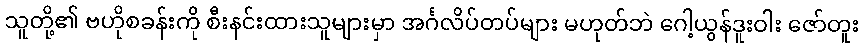
သူတို့၏ ဗဟိုစခန်းကို စီးနင်းထားသူများမှာ အင်္ဂလိပ်တပ်များ မဟုတ်ဘဲ ဂေါ့ယွန်ဒူးဝါး ဇော်တူး